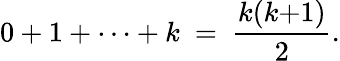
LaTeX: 0+1+\cdots+k\ =\ {\frac{k(k{+}1)}{2}}.